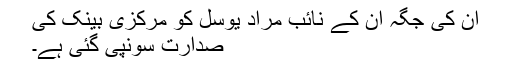
ان کی جگہ ان کے نائب مراد یوسل کو مرکزی بینک کی
صدارت سونپی گئی ہے۔